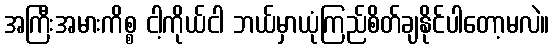
အကြီးအမားကိစ္စ ငါ့ကိုယ်ငါ ဘယ်မှာယုံကြည်စိတ်ချနိုင်ပါတော့မလဲ။